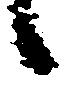
候